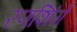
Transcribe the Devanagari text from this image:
रणशिंगे